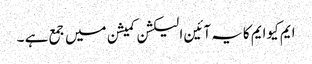
ایم کیوایم کایہ آئین الیکشن کمیشن میں جمع ہے ۔